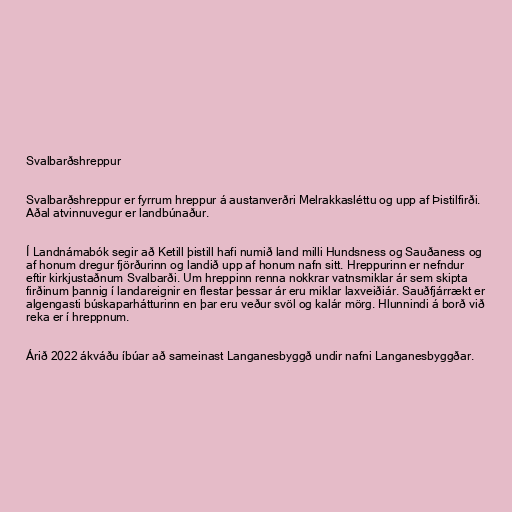
Svalbarðshreppur

Svalbarðshreppur er fyrrum hreppur á austanverðri Melrakkasléttu og upp af Þistilfirði.
Aðal atvinnuvegur er landbúnaður.

Í Landnámabók segir að Ketill þistill hafi numið land milli Hundsness og Sauðaness og
af honum dregur fjörðurinn og landið upp af honum nafn sitt. Hreppurinn er nefndur
eftir kirkjustaðnum Svalbarði. Um hreppinn renna nokkrar vatnsmiklar ár sem skipta
firðinum þannig í landareignir en flestar þessar ár eru miklar laxveiðiár. Sauðfjárrækt er
algengasti búskaparhátturinn en þar eru veður svöl og kalár mörg. Hlunnindi á borð við
reka er í hreppnum.

Árið 2022 ákváðu íbúar að sameinast Langanesbyggð undir nafni Langanesbyggðar.